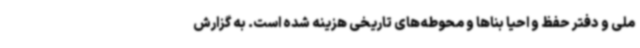
ملی و دفتر حفظ و احیا بناها و محوطه‌های تاریخی هزینه شده است. به گزارش